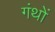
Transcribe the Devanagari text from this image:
गंथों